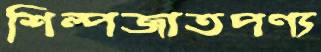
শিল্পজাতপণ্য